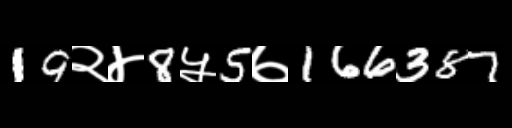
Text: 19२४8५5७166387